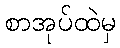
စာအုပ်ထဲမှ